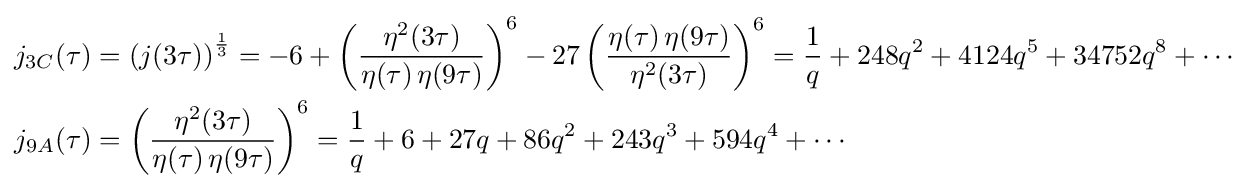
{\begin{aligned}j_{3C}(\tau )&=\left(j(3\tau )\right)^{\frac {1}{3}}=-6+\left({\frac {\eta ^{2}(3\tau )}{\eta (\tau )\,\eta (9\tau )}}\right)^{6}-27\left({\frac {\eta (\tau )\,\eta (9\tau )}{\eta ^{2}(3\tau )}}\right)^{6}={\frac {1}{q}}+248q^{2}+4124q^{5}+34752q^{8}+\cdots \\j_{9A}(\tau )&=\left({\frac {\eta ^{2}(3\tau )}{\eta (\tau )\,\eta (9\tau )}}\right)^{6}={\frac {1}{q}}+6+27q+86q^{2}+243q^{3}+594q^{4}+\cdots \\\end{aligned}}